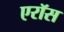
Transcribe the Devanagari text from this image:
एरॉस